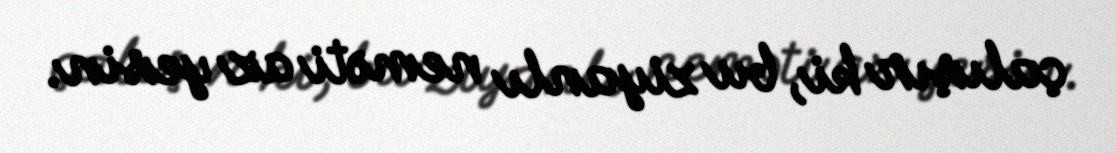
çalışır ki, bu ziyanlı neməti az yesin.